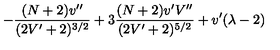
- \frac { ( N + 2 ) v ^ { \prime \prime } } { ( 2 V ^ { \prime } + 2 ) ^ { 3 / 2 } } + 3 \frac { ( N + 2 ) v ^ { \prime } V ^ { \prime \prime } } { ( 2 V ^ { \prime } + 2 ) ^ { 5 / 2 } } + v ^ { \prime } ( \lambda - 2 )